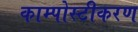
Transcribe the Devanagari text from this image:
काम्पोस्टीकरण